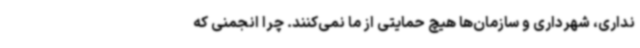
نداری، شهرداری و سازمان‌ها هیچ حمایتی از ما نمی‌کنند. چرا انجمنی که